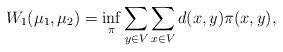
LaTeX: \begin{align*} W_1(\mu_{1},\mu_{2})=\inf_{\pi} \sum_{y\in V}\sum_{x\in V} d(x,y)\pi(x,y),\end{align*}